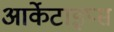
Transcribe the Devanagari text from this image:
आर्केटाइप्स